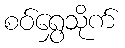
စဝ်ရွှေသိုက်